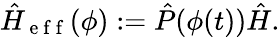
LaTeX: \hat{H}_{\mathrm{~e~f~f~}}(\phi):=\hat{P}(\phi(t))\hat{H}.